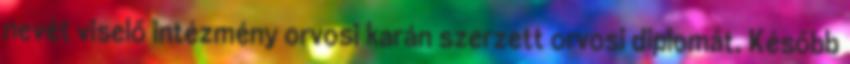
nevét viselő intézmény orvosi karán szerzett orvosi diplomát. Később